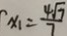
x _ { 1 } = \frac { 4 \sqrt { 7 } } { 7 }